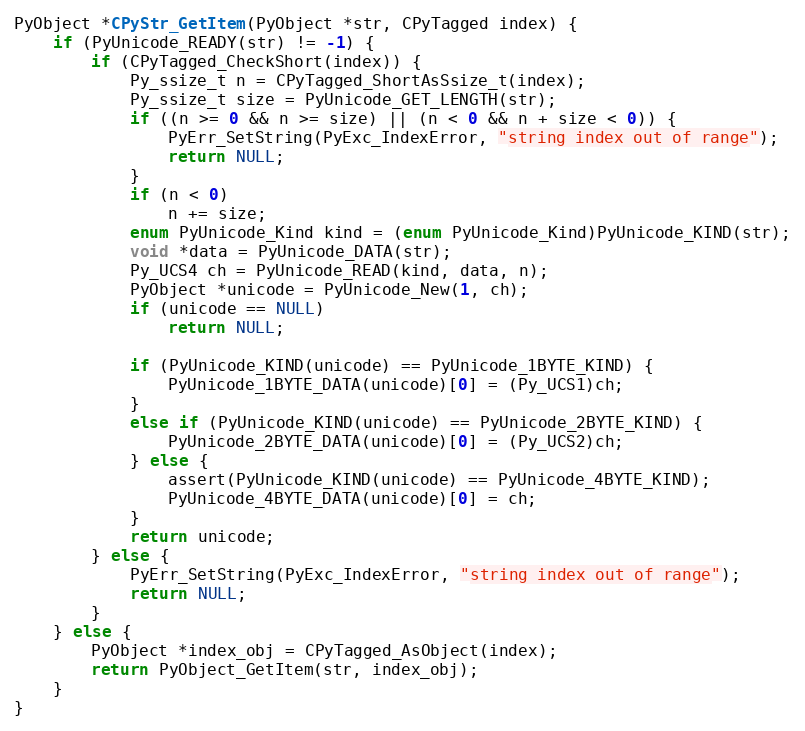
Language: C
PyObject *CPyStr_GetItem(PyObject *str, CPyTagged index) {
    if (PyUnicode_READY(str) != -1) {
        if (CPyTagged_CheckShort(index)) {
            Py_ssize_t n = CPyTagged_ShortAsSsize_t(index);
            Py_ssize_t size = PyUnicode_GET_LENGTH(str);
            if ((n >= 0 && n >= size) || (n < 0 && n + size < 0)) {
                PyErr_SetString(PyExc_IndexError, "string index out of range");
                return NULL;
            }
            if (n < 0)
                n += size;
            enum PyUnicode_Kind kind = (enum PyUnicode_Kind)PyUnicode_KIND(str);
            void *data = PyUnicode_DATA(str);
            Py_UCS4 ch = PyUnicode_READ(kind, data, n);
            PyObject *unicode = PyUnicode_New(1, ch);
            if (unicode == NULL)
                return NULL;

            if (PyUnicode_KIND(unicode) == PyUnicode_1BYTE_KIND) {
                PyUnicode_1BYTE_DATA(unicode)[0] = (Py_UCS1)ch;
            }
            else if (PyUnicode_KIND(unicode) == PyUnicode_2BYTE_KIND) {
                PyUnicode_2BYTE_DATA(unicode)[0] = (Py_UCS2)ch;
            } else {
                assert(PyUnicode_KIND(unicode) == PyUnicode_4BYTE_KIND);
                PyUnicode_4BYTE_DATA(unicode)[0] = ch;
            }
            return unicode;
        } else {
            PyErr_SetString(PyExc_IndexError, "string index out of range");
            return NULL;
        }
    } else {
        PyObject *index_obj = CPyTagged_AsObject(index);
        return PyObject_GetItem(str, index_obj);
    }
}